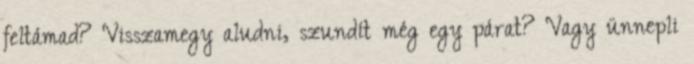
feltámad? Visszamegy aludni, szundít még egy párat? Vagy ünnepli